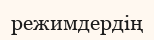
режимдердің